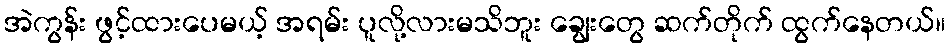
အဲကွန်း ဖွင့်ထားပေမယ့် အရမ်း ပူလို့လားမသိဘူး ချွေးတွေ ဆက်တိုက် ထွက်နေတယ်။